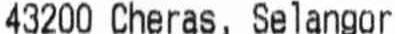
43200 CHERAS, SELANGOR